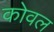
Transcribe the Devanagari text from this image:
कोवल